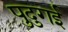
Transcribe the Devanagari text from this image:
पुदुगई